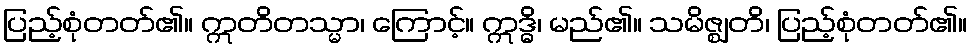
ပြည့်စုံတတ်၏။ ဣတိတသ္မာ၊ ကြောင့်။ ဣဒ္ဓိ၊ မည်၏။ သမိဇ္ဈတိ၊ ပြည့်စုံတတ်၏။